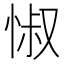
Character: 𢛼